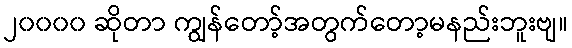
၂၀၀၀၀ ဆိုတာ ကျွန်တော့်အတွက်တော့မနည်းဘူးဗျ။